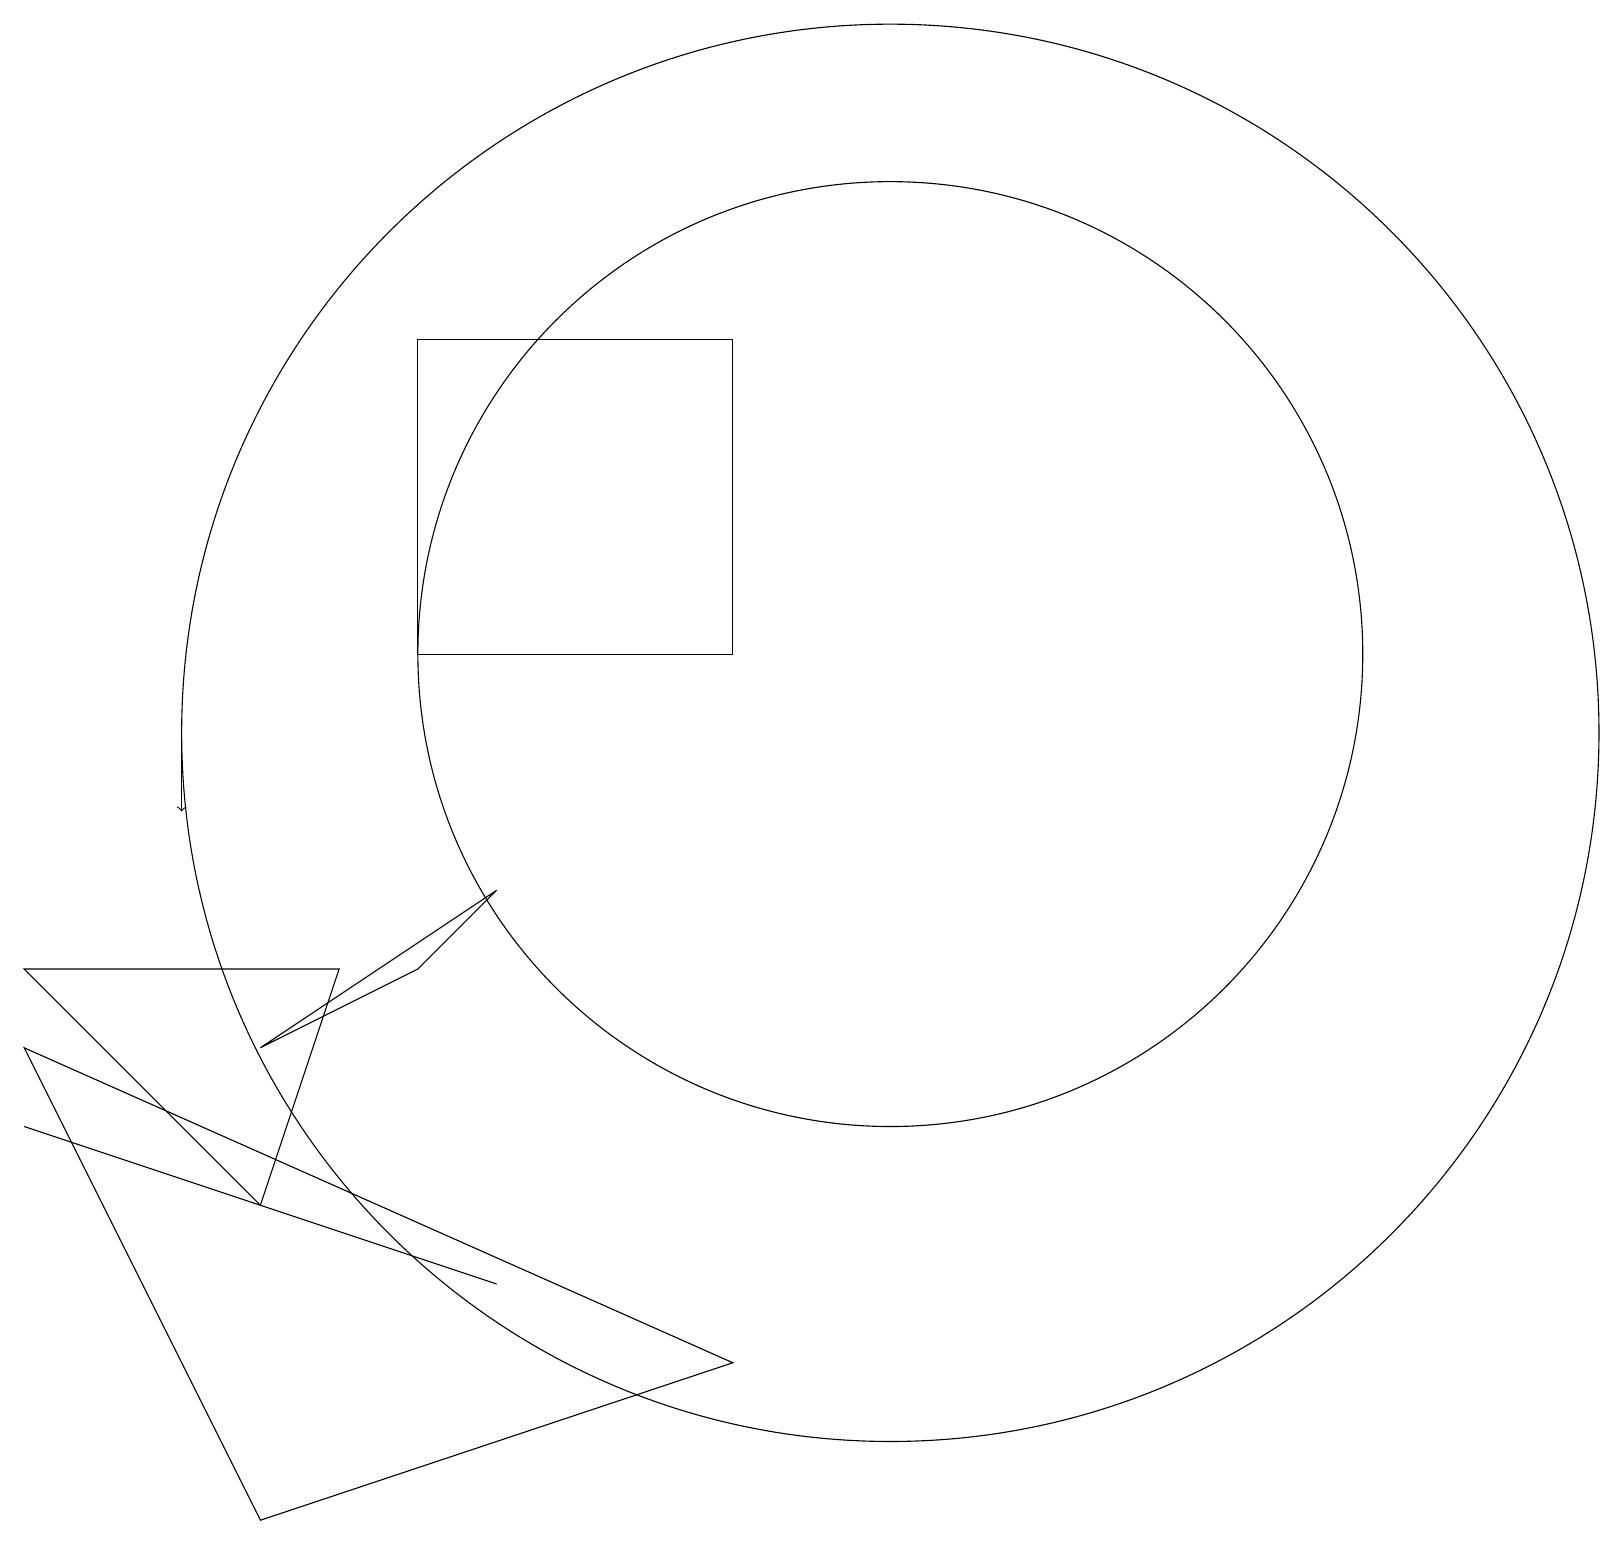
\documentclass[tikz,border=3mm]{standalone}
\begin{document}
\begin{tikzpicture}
\draw (0,6) -- (0,6) -- (6,4) -- cycle;
\draw (0,7) -- (3,1) -- (9,3) -- cycle;
\draw[->] (2,11) -- (2,10);
\draw (11,11) circle (9);
\draw (11,12) circle (6);
\draw (5,8) -- (6,9) -- (3,7) -- cycle;
\draw (3,5) -- (4,8) -- (0,8) -- cycle;
\draw (5,16) rectangle (9,12);
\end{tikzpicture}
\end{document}